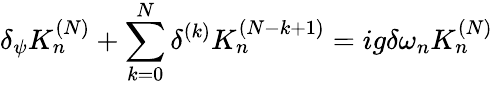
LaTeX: \delta_{\psi}K_{n}^{(N)}+\sum_{k=0}^{N}\delta^{(k)}K_{n}^{(N-k+1)}=ig\delta\omega_{n}K_{n}^{(N)}